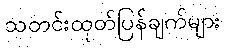
သတင်းထုတ်ပြန်ချက်များ